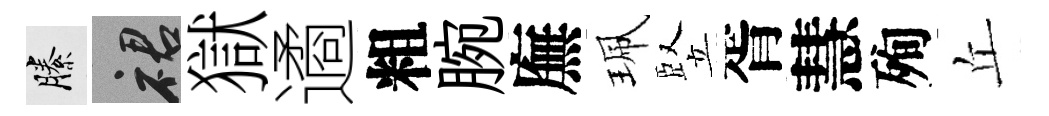
縢裙獄遹粗腕廡珮竪胥慧殉丘